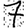
Digit: 7